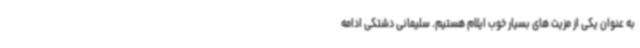
به عنوان یکی از مزیت های بسیار خوب ایلام هستیم. سلیمانی دشتکی ادامه